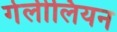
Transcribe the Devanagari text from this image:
गेलीलियन